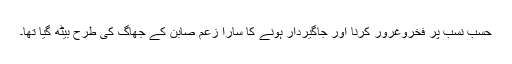
حسب نسب پر فخروغرور کرنا اور جاگیردار ہونے کا سارا زعم صابن کے جھاگ کی طرح بیٹھ گیا تھا۔